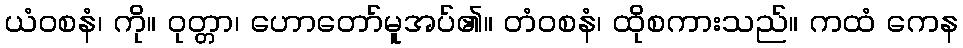
ယံဝစနံ၊ ကို။ ဝုတ္တာ၊ ဟောတော်မူအပ်၏။ တံဝစနံ၊ ထိုစကားသည်။ ကထံ ကေန